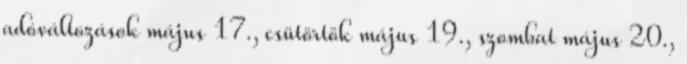
adóváltozások május 17., csütörtök május 19., szombat május 20.,